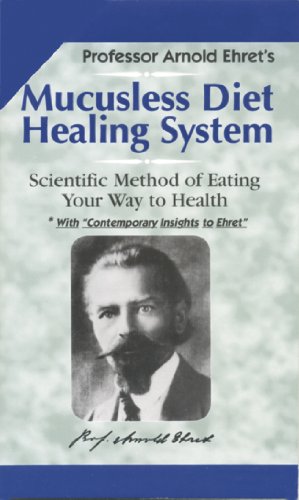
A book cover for Mucusless Diet Healing System: Scientific Method of Eating Your Way to Health; Arnold Ehret; Medical Books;